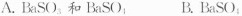
A.BaSO_{3}和BaSO_{4} B.BaSO_{4}